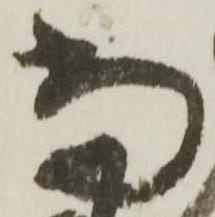
当